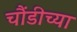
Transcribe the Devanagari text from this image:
चौंडीच्या